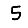
Digit: 5